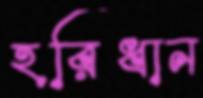
হরিধান